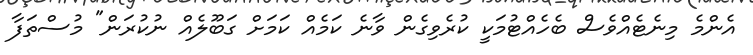
އެންމެ މިނެޓެއްވެސް ބެހެއްޓުމަކީ ކުރެވިގެން ވާނެ ކަމެއް ކަމަށް ގަބޫލެއް ނުކުރަން" މުސްތަފާ